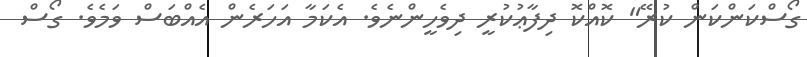
ގޯސްކަންކަން ކުރޭ" ކޮއްކޮ ދިފާޢުކުރީ ދިވެހީންނެވެ. އެކަމާ އަހަރެން އެއްބަސް ވަމެވެ. ގޯސް